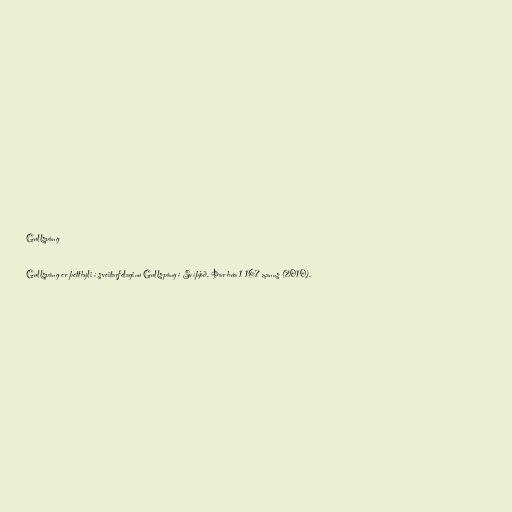
Gullspång

Gullspång er þéttbýli í sveitarfélaginu Gullspång í Svíþjóð. Þar búa 1 167 manns (2010).